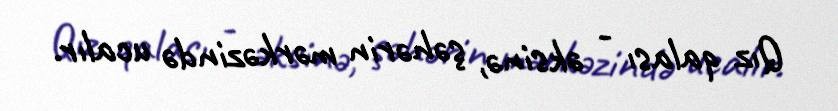
Qız qalası - əksinə, şəhərin mərkəzində ucalır.